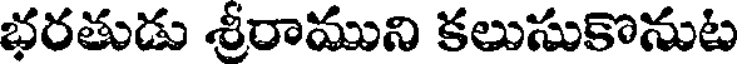
భరతుడు శ్రీరాముని కలుసుకొనుట